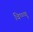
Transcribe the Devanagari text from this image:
विष्ष्णू